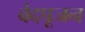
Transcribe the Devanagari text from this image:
वेदपूजन